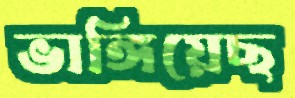
ভাঙ্গিয়েছ